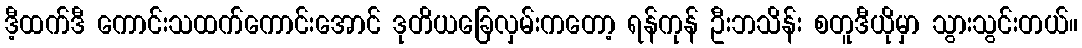
ဒီ့ထက်ဒီ ကောင်းသထက်ကောင်းအောင် ဒုတိယခြေလှမ်းကတော့ ရန်ကုန် ဦးဘသိန်း စတူဒီယိုမှာ သွားသွင်းတယ်။